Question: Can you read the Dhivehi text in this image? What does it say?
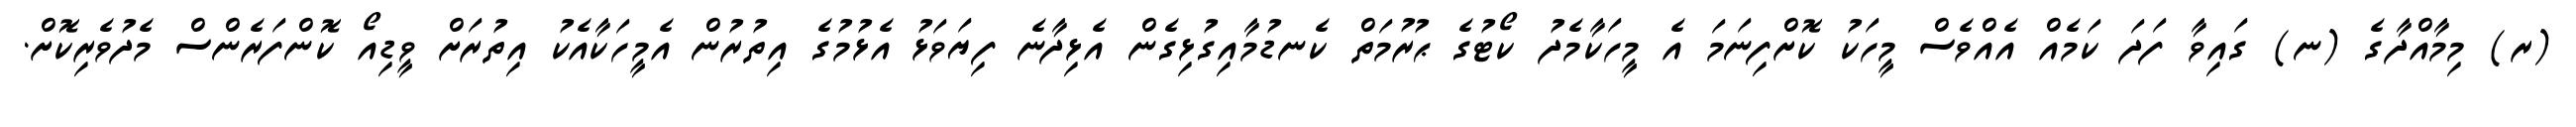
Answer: (ރ) މިމާއްދާގެ (ނ) ގައިވާ ފަދަ ކަމެއް އެއްވެސް މީހަކު ކޮށްފިނަމަ އެ މީހަކާމެދު ކޯޓުގެ ޙުރުމަތް ކެނޑުމާއިގުޅިގެން އެޅިދާނެ ފިޔަވަޅު އެޅުމުގެ އިތުރުން އެމީހަކާއެކު އިތުރަށް ވީޑިއޯ ކޮންފަރެންސް މެދުވެރިކޮށް.